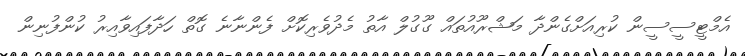
އެމްޓީސީސީން ކުރިއަށްގެންދާ މަޝްރޫއުތައް ގޫގުލް އާތު މެދުވެރިކޮށް ފެންނާނެ ގޮތް ހަދާފައިވާއިރު ކުންފުނިން